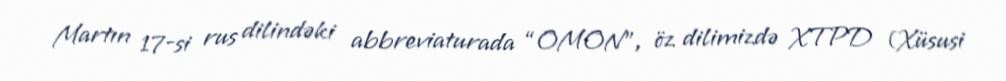
Martın 17-si rus dilindəki abbreviaturada “OMON”, öz dilimizdə XTPD (Xüsusi